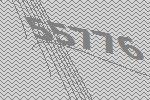
55776